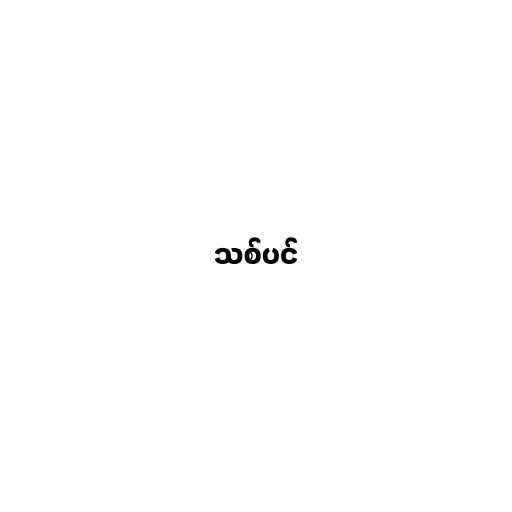
သစ်ပင်